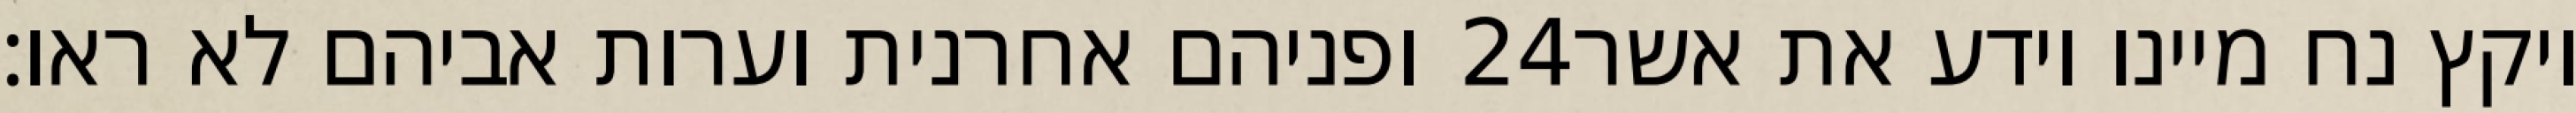
ופניהם אחרנית וערות אביהם לא ראו׃ ‎24‏ ויקץ נח מיינו וידע את אשר